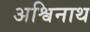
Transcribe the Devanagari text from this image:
अश्विनाथ